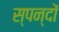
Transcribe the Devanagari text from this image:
स्पन्दों